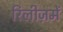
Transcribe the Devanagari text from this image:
रिलीज़में